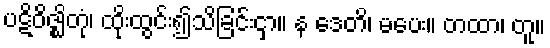
ပဋိဝိဇ္ဈိတုံ၊ ထိုးထွင်း၍သိခြင်းငှာ။ န ဒေတိ၊ မပေး။ တထာ၊ တူ။